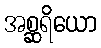
အစ္ဆရိယော